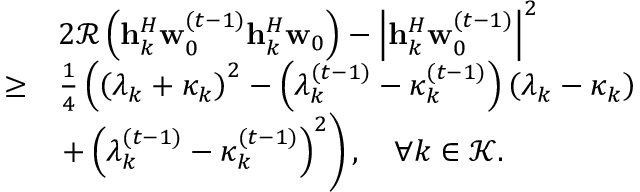
\begin{array} { r l } & { 2 \mathcal { R } \left( \mathbf { h } _ { k } ^ { H } \mathbf { w } _ { 0 } ^ { ( t - 1 ) } { \mathbf { h } } _ { k } ^ { H } \mathbf { w } _ { 0 } \right) - \left| { \mathbf { h } } _ { k } ^ { H } \mathbf { w } _ { 0 } ^ { ( t - 1 ) } \right| ^ { 2 } } \\ { \geq } & { \frac { 1 } { 4 } \left( \left( \lambda _ { k } + \kappa _ { k } \right) ^ { 2 } - \left( \lambda _ { k } ^ { ( t - 1 ) } - \kappa _ { k } ^ { ( t - 1 ) } \right) \left( \lambda _ { k } - \kappa _ { k } \right) \right. } \\ & { \left. + \left( \lambda _ { k } ^ { ( t - 1 ) } - \kappa _ { k } ^ { ( t - 1 ) } \right) ^ { 2 } \right) , \quad \forall k \in \mathcal { K } . } \end{array}